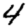
Digit: 4